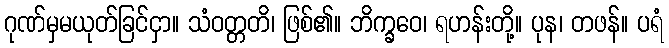
ဂုဏ်မှမယုတ်ခြင်ငှာ။ သံဝတ္တတိ၊ ဖြစ်၏။ ဘိက္ခဝေ၊ ရဟန်းတို့။ ပုန၊ တဖန်။ ပရံ